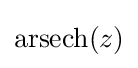
\operatorname {arsech} (z)